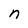
Character: n